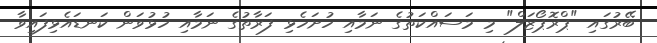
ބޭރުގައި "ޕްރޮޕޯޒަލް" މި މަސައްކަތުގެ ނަމާއި ހުށަހެޅި ފަރާތުގެ ނަމާއި ހުޅުވަން ކަނޑައެޅިފައިވާ